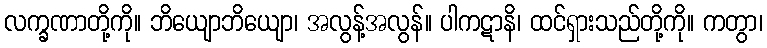
လက္ခဏာတို့ကို။ ဘိယျောဘိယျော၊ အလွန့်အလွန်။ ပါကဋာနိ၊ ထင်ရှားသည်တို့ကို။ ကတွာ၊